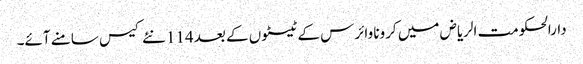
دارالحکومت الریاض میں کرونا وائرس کے ٹیسٹوں کے بعد 114 نئے کیس سامنے آئے۔